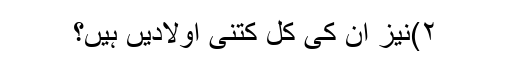
۲)نیز ان کی کل کتنی اولادیں ہیں؟